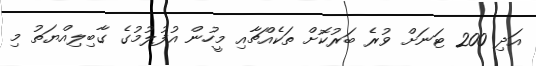
އަދި 200 ޓަނަށް ވުރެ ބަރުކޮށް ތަކެއްޗާއި މީހުން އުފުލުމުގެ ގާބިލިއްޔަތު މި